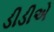
ડીડીએ